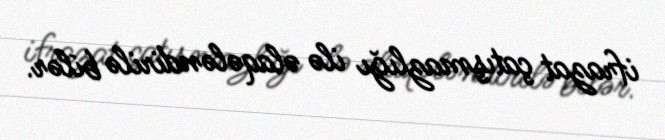
ifrazat çatışmazlığı ilə əlaqələndirilə bilər.